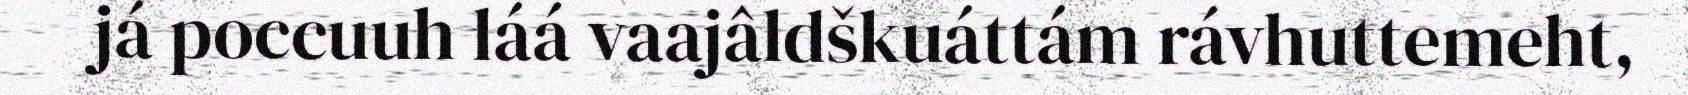
já poccuuh láá vaajâldškuáttám rávhuttemeht,